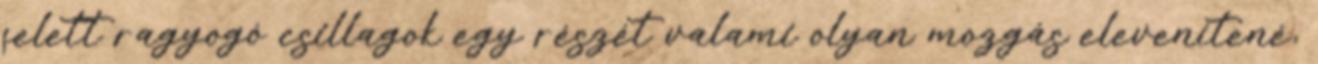
felett ragyogó csillagok egy részét valami olyan mozgás elevenítené,